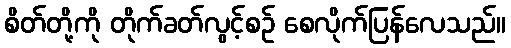
စိတ်တို့ကို တိုက်ခတ်လွင့်စဉ် စေလိုက်ပြန်လေသည်။